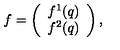
f = \left( \begin{array} { c } { f ^ { 1 } ( q ) } \\ { f ^ { 2 } ( q ) } \\ \end{array} \right) ,